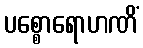
ပစ္စောရောဟဏိံ